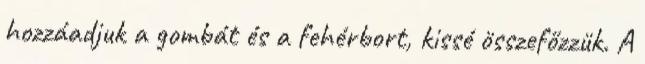
hozzáadjuk a gombát és a fehérbort, kissé összefőzzük. A